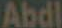
Abdl